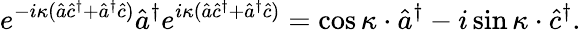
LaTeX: e^{-i\kappa(\hat{a}\hat{c}^{\dagger}+\hat{a}^{\dagger}\hat{c})}\hat{a}^{\dagger}e^{i\kappa(\hat{a}\hat{c}^{\dagger}+\hat{a}^{\dagger}\hat{c})}=\cos\kappa\cdot\hat{a}^{\dagger}-i\sin\kappa\cdot\hat{c}^{\dagger}.